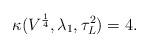
\begin{align*} \kappa(V^{\frac{1}{4}}, \lambda_1,\tau_L^2)= 4. \end{align*}